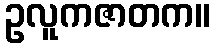
ဥလူကဇာတက။